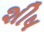
શીષ